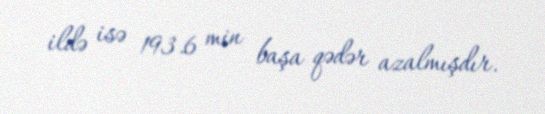
ildə isə 193.6 min başa qədər azalmışdır.